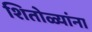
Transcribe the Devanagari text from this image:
शितोळ्यांना